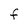
Character: F